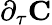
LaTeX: \partial_{\tau}\mathbf{C}